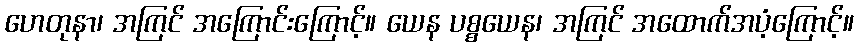
ဟေတုနာ၊ အကြင် အကြောင်းကြောင့်။ ယေန ပစ္စယေန၊ အကြင် အထောက်အပံ့ကြောင့်။